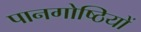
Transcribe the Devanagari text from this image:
पानगोष्ठियों